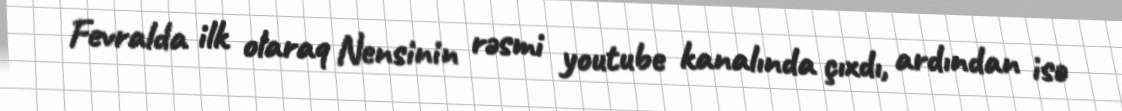
Fevralda ilk olaraq Nensinin rəsmi youtube kanalında çıxdı, ardından isə